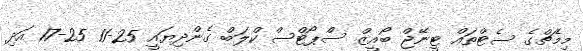
މިމެޗްގެ ސެޓްތައް ޓީނޭޖް ބޯއީޒް ސްޕޯޓްސް ކްލަބް ގެންދިޔައީ 25-11 25-17 އަދި